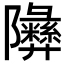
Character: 𬯧